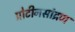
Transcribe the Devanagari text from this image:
प्रोटीनसांद्रण